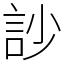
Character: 訬